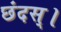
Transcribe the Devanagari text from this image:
छंदस्।